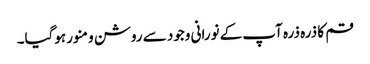
قم کا ذرہ ذرہ آپ کے نورانی وجود سے روشن و منور ہوگیا۔